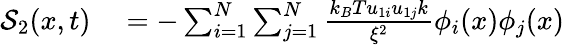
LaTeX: \begin{array}{rl}{\mathcal{S}_{2}(x,t)}&{{}=-\sum_{i=1}^{N}\sum_{j=1}^{N}\frac{k_{B}Tu_{1i}u_{1j}k}{\xi^{2}}\phi_{i}(x)\phi_{j}(x)}\end{array}